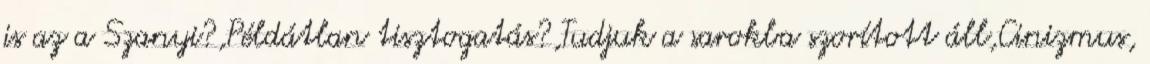
is az a Szanyi?,Példátlan tisztogatás?,Tudjuk a sarokba szorított áll,Cinizmus,